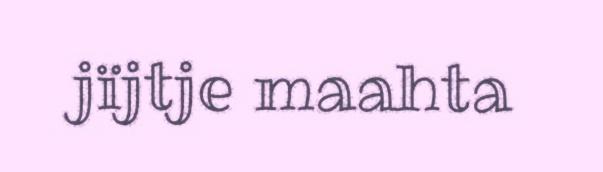
jïjtje maahta